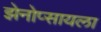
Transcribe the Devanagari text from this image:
झेनोप्सायला